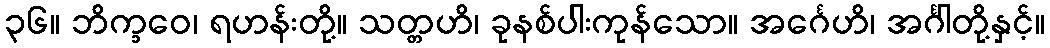
၃၆။ ဘိက္ခဝေ၊ ရဟန်းတို့။ သတ္တဟိ၊ ခုနစ်ပါးကုန်သော။ အင်္ဂေဟိ၊ အင်္ဂါတို့နှင့်။